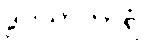
ဒွါဒသာကာရံ